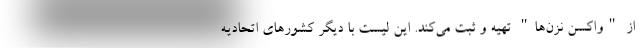
از "واکسن نزن‌ها‌" تهیه و ثبت می‌کند. این لیست با دیگر کشورهای اتحادیه